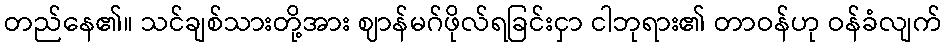
တည်နေ၏။ သင်ချစ်သားတို့အား ဈာန်မဂ်ဖိုလ်ရခြင်းငှာ ငါဘုရား၏ တာဝန်ဟု ဝန်ခံလျက်